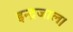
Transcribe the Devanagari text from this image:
इन्द्रजाल।